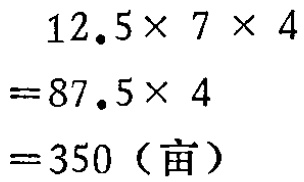
\[

\begin{align*}

&12.5\times 7\times 4\\

=&87.5\times 4\\

=&350（\text{亩}）

\end{align*}

\]